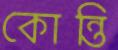
কোন্তি